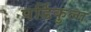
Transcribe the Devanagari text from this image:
पर्डिकुला